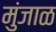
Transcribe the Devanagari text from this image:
मुंजाळ